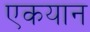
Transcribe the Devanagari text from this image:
एकयान